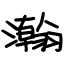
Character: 瀚